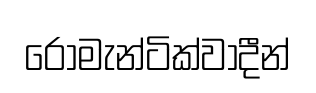
රොමැන්ටික්වාදීන්